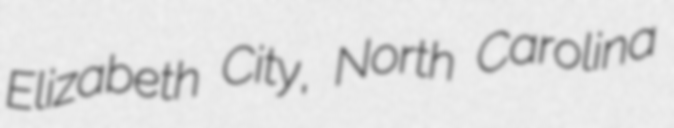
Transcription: Elizabeth City, North Carolina